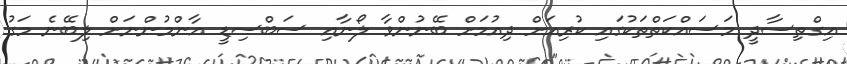
އިގްތިސާދީ މަސައްކަތްތަކުގައި ކުރިއަށް ދިއުމަށް ބޭނުންވާ ލޯނާއި ސަބްސިޑީ އާންމުންނަށް ލިބޭނެ މަގު